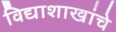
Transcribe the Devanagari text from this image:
विद्याशाखांचे